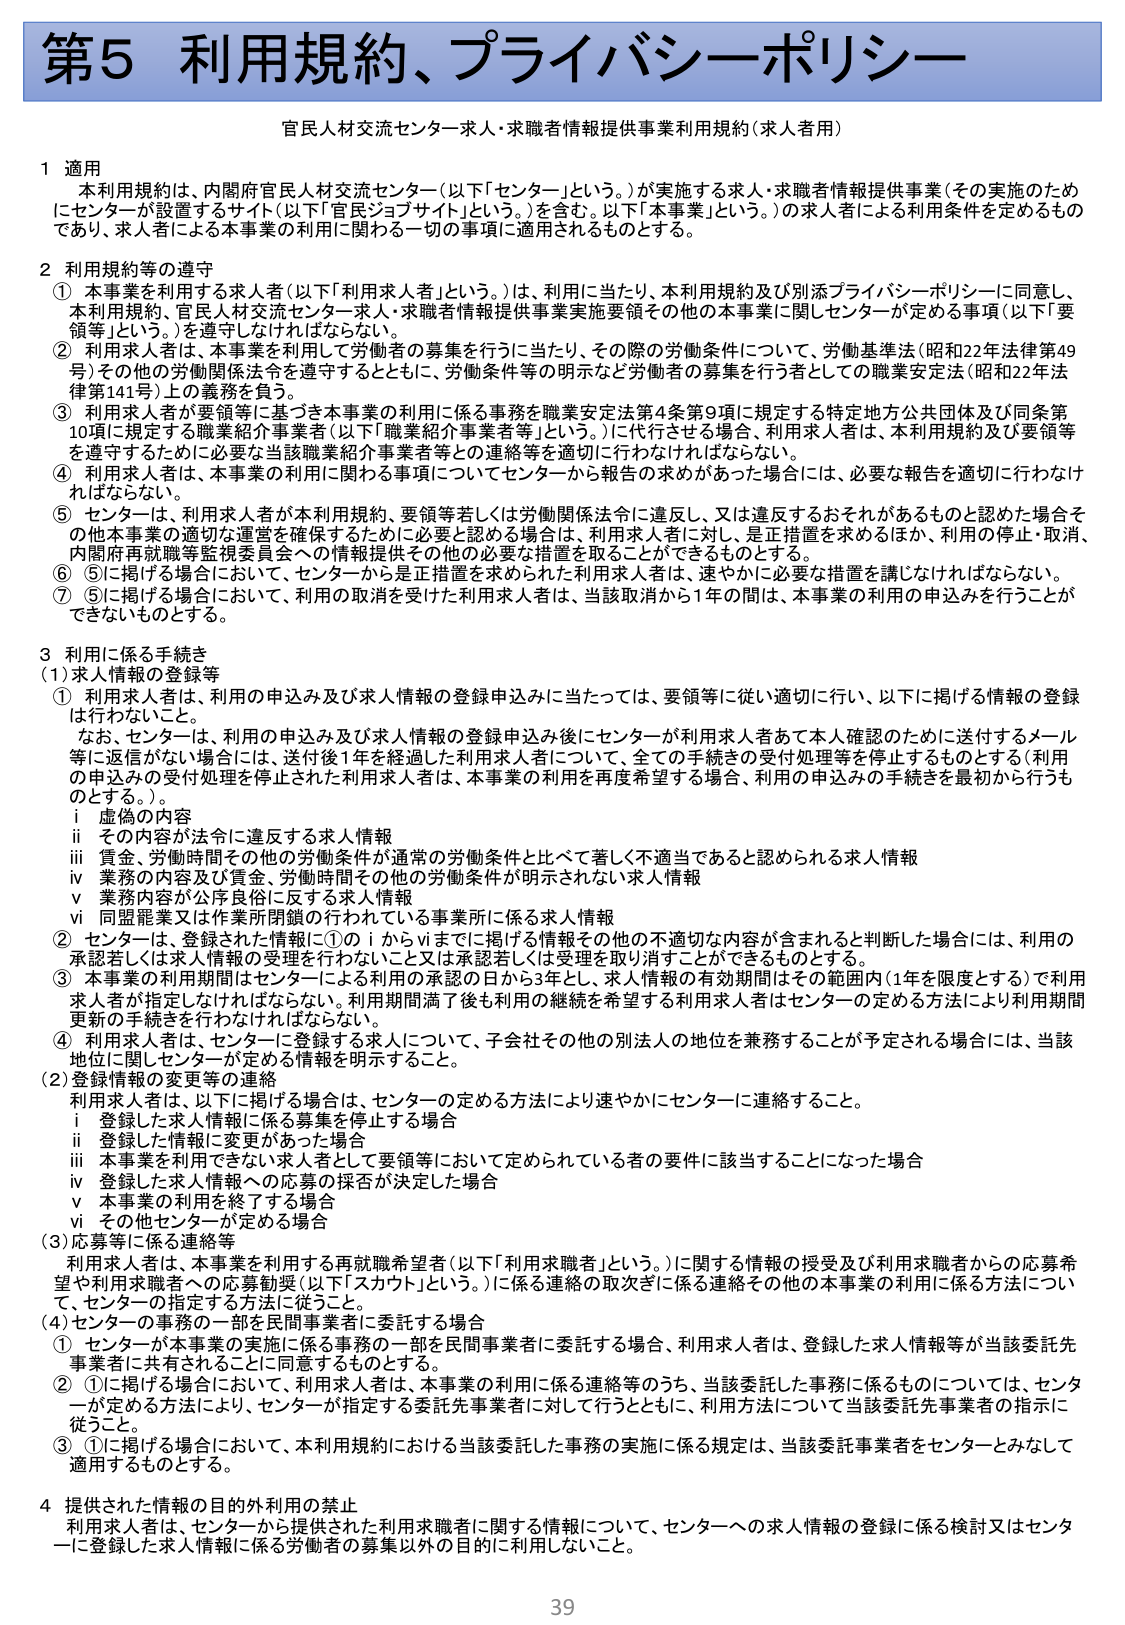
第5 利用規約、プライバシーポリシー

官民人材交流センター求人・求職者情報提供事業利用規約（求人者用）

1 適用
本利用規約は、内閣府官民人材交流センター（以下「センター」という。）が実施する求人・求職者情報提供事業（その実施のためにセンターが設置するサイト（以下「官民ジョブサイト」という。）を含む。以下「本事業」という。）の求人者による利用条件を定めるものであり、求人者による本事業の利用に関わる一切の事項に適用されるものとする。

2 利用規約等の遵守
① 本事業を利用する求人者（以下「利用求人者」という。）は、利用に当たり、本利用規約及び別添プライバシーポリシーに同意し、本利用規約、官民人材交流センター求人・求職者情報提供事業実施要領その他の本事業に関しセンターが定める事項（以下「要領等」という。）を遵守しなければならない。
② 利用求人者は、本事業を利用して労働者の募集を行うに当たり、その際の労働条件について、労働基準法（昭和22年法律第49号）その他の労働関係法令を遵守するとともに、労働条件等の明示など労働者の募集を行う者としての職業安定法（昭和22年法律第141号）上の義務を負う。
③ 利用求人者が要領等に基づき本事業の利用に係る事務を職業安定法第4条第9項に規定する特定地方公共団体及び同条第10項に規定する職業紹介事業者（以下「職業紹介事業者等」という。）に代行させる場合、利用求人者は、本利用規約及び要領等を遵守するために必要な当該職業紹介事業者等との連絡等を適切に行わなければならない。
④ 利用求人者は、本事業の利用に関わる事項についてセンターから報告の求めがあった場合には、必要な報告を適切に行わなければならない。
⑤ センターは、利用求人者が本利用規約、要領等若しくは労働関係法令に違反し、又は違反するおそれがあるものと認めた場合その他本事業の適切な運営を確保するために必要と認める場合は、利用求人者に対し、是正措置を求めるほか、利用の停止・取消、内閣府再就職等監視委員会への情報提供その他の必要な措置を取ることができるものとする。
⑥ ⑤に掲げる場合において、センターから是正措置を求められた利用求人者は、速やかに必要な措置を講じなければならない。
⑦ ⑤に掲げる場合において、利用の取消を受けた利用求人者は、当該取消から1年の間は、本事業の利用の申込みを行うことができないものとする。

3 利用に係る手続き
(1) 求人情報の登録等
① 利用求人者は、利用の申込み及び求人情報の登録申込みに当たっては、要領等に従い適切に行い、以下に掲げる情報の登録は行わないこと。
なお、センターは、利用の申込み及び求人情報の登録申込み後にセンターが利用求人者あて本人確認のために送付するメール等に返信がない場合には、送付後1年を経過した利用求人者について、全ての手続きの受付処理等を停止するものとする（利用の申込みの受付処理を停止された利用求人者は、本事業の利用を再度希望する場合、利用の申込みの手続きを最初から行うものとする。）。
i 虚偽の内容
ii その内容が法令に違反する求人情報
iii 賃金、労働時間その他の労働条件が通常の労働条件と比べて著しく不適当であると認められる求人情報
iv 業務の内容及び賃金、労働時間その他の労働条件が明示されない求人情報
v 業務内容が公序良俗に反する求人情報
vi 同盟罷業又は作業所閉鎖の行われている事業所に係る求人情報
② センターは、登録された情報に①のiからviまでに掲げる情報その他の不適切な内容が含まれると判断した場合には、利用の承認若しくは求人情報の受理を行わないこと又は承認若しくは受理を取り消すことができるものとする。
③ 本事業の利用期間はセンターによる利用の承認の日から3年とし、求人情報の有効期間はその範囲内（1年を限度とする）で利用求人者が指定しなければならない。利用期間満了後も利用の継続を希望する利用求人者はセンターの定める方法により利用期間更新の手続きを行わなければならない。
④ 利用求人者は、センターに登録する求人について、子会社その他の別法人の地位を兼務することが予定される場合には、当該地位に関しセンターが定める情報を明示すること。

(2) 登録情報の変更等の連絡
利用求人者は、以下に掲げる場合は、センターの定める方法により速やかにセンターに連絡すること。
i 登録した求人情報に係る募集を停止する場合
ii 登録した情報に変更があった場合
iii 本事業を利用できない求人者として要領等において定められている者の要件に該当することになった場合
iv 登録した求人情報への応募の採否が決定した場合
v 本事業の利用を終了する場合
vi その他センターが定める場合

(3) 応募等に係る連絡等
利用求人者は、本事業を利用する再就職希望者（以下「利用求職者」という。）に関する情報の受容及び利用求職者からの応募希望や利用求職者への応募勧奨（以下「スカウト」という。）に係る連絡の取次ぎに係る連絡その他の本事業の利用に係る方法について、センターの指定する方法に従うこと。

(4) センターの事務の一部を民間事業者に委託する場合
① センターが本事業の実施に係る事務の一部を民間事業者に委託する場合、利用求人者は、登録した求人情報等が当該委託先事業者に共有されることに同意するものとする。
② ①に掲げる場合において、利用求人者は、本事業の利用に係る連絡等のうち、当該委託した事務に係るものについては、センターが定める方法により、センターが指定する委託先事業者に対して行うとともに、利用方法について当該委託先事業者の指示に従うこと。
③ ①に掲げる場合において、本利用規約における当該委託した事務の実施に係る規定は、当該委託事業者をセンターとみなして適用するものとする。

4 提供された情報の目的外利用の禁止
利用求人者は、センターから提供された利用求職者に関する情報について、センターへの求人情報の登録に係る検討又はセンターに登録した求人情報に係る労働者の募集以外の目的に利用しないこと。

39